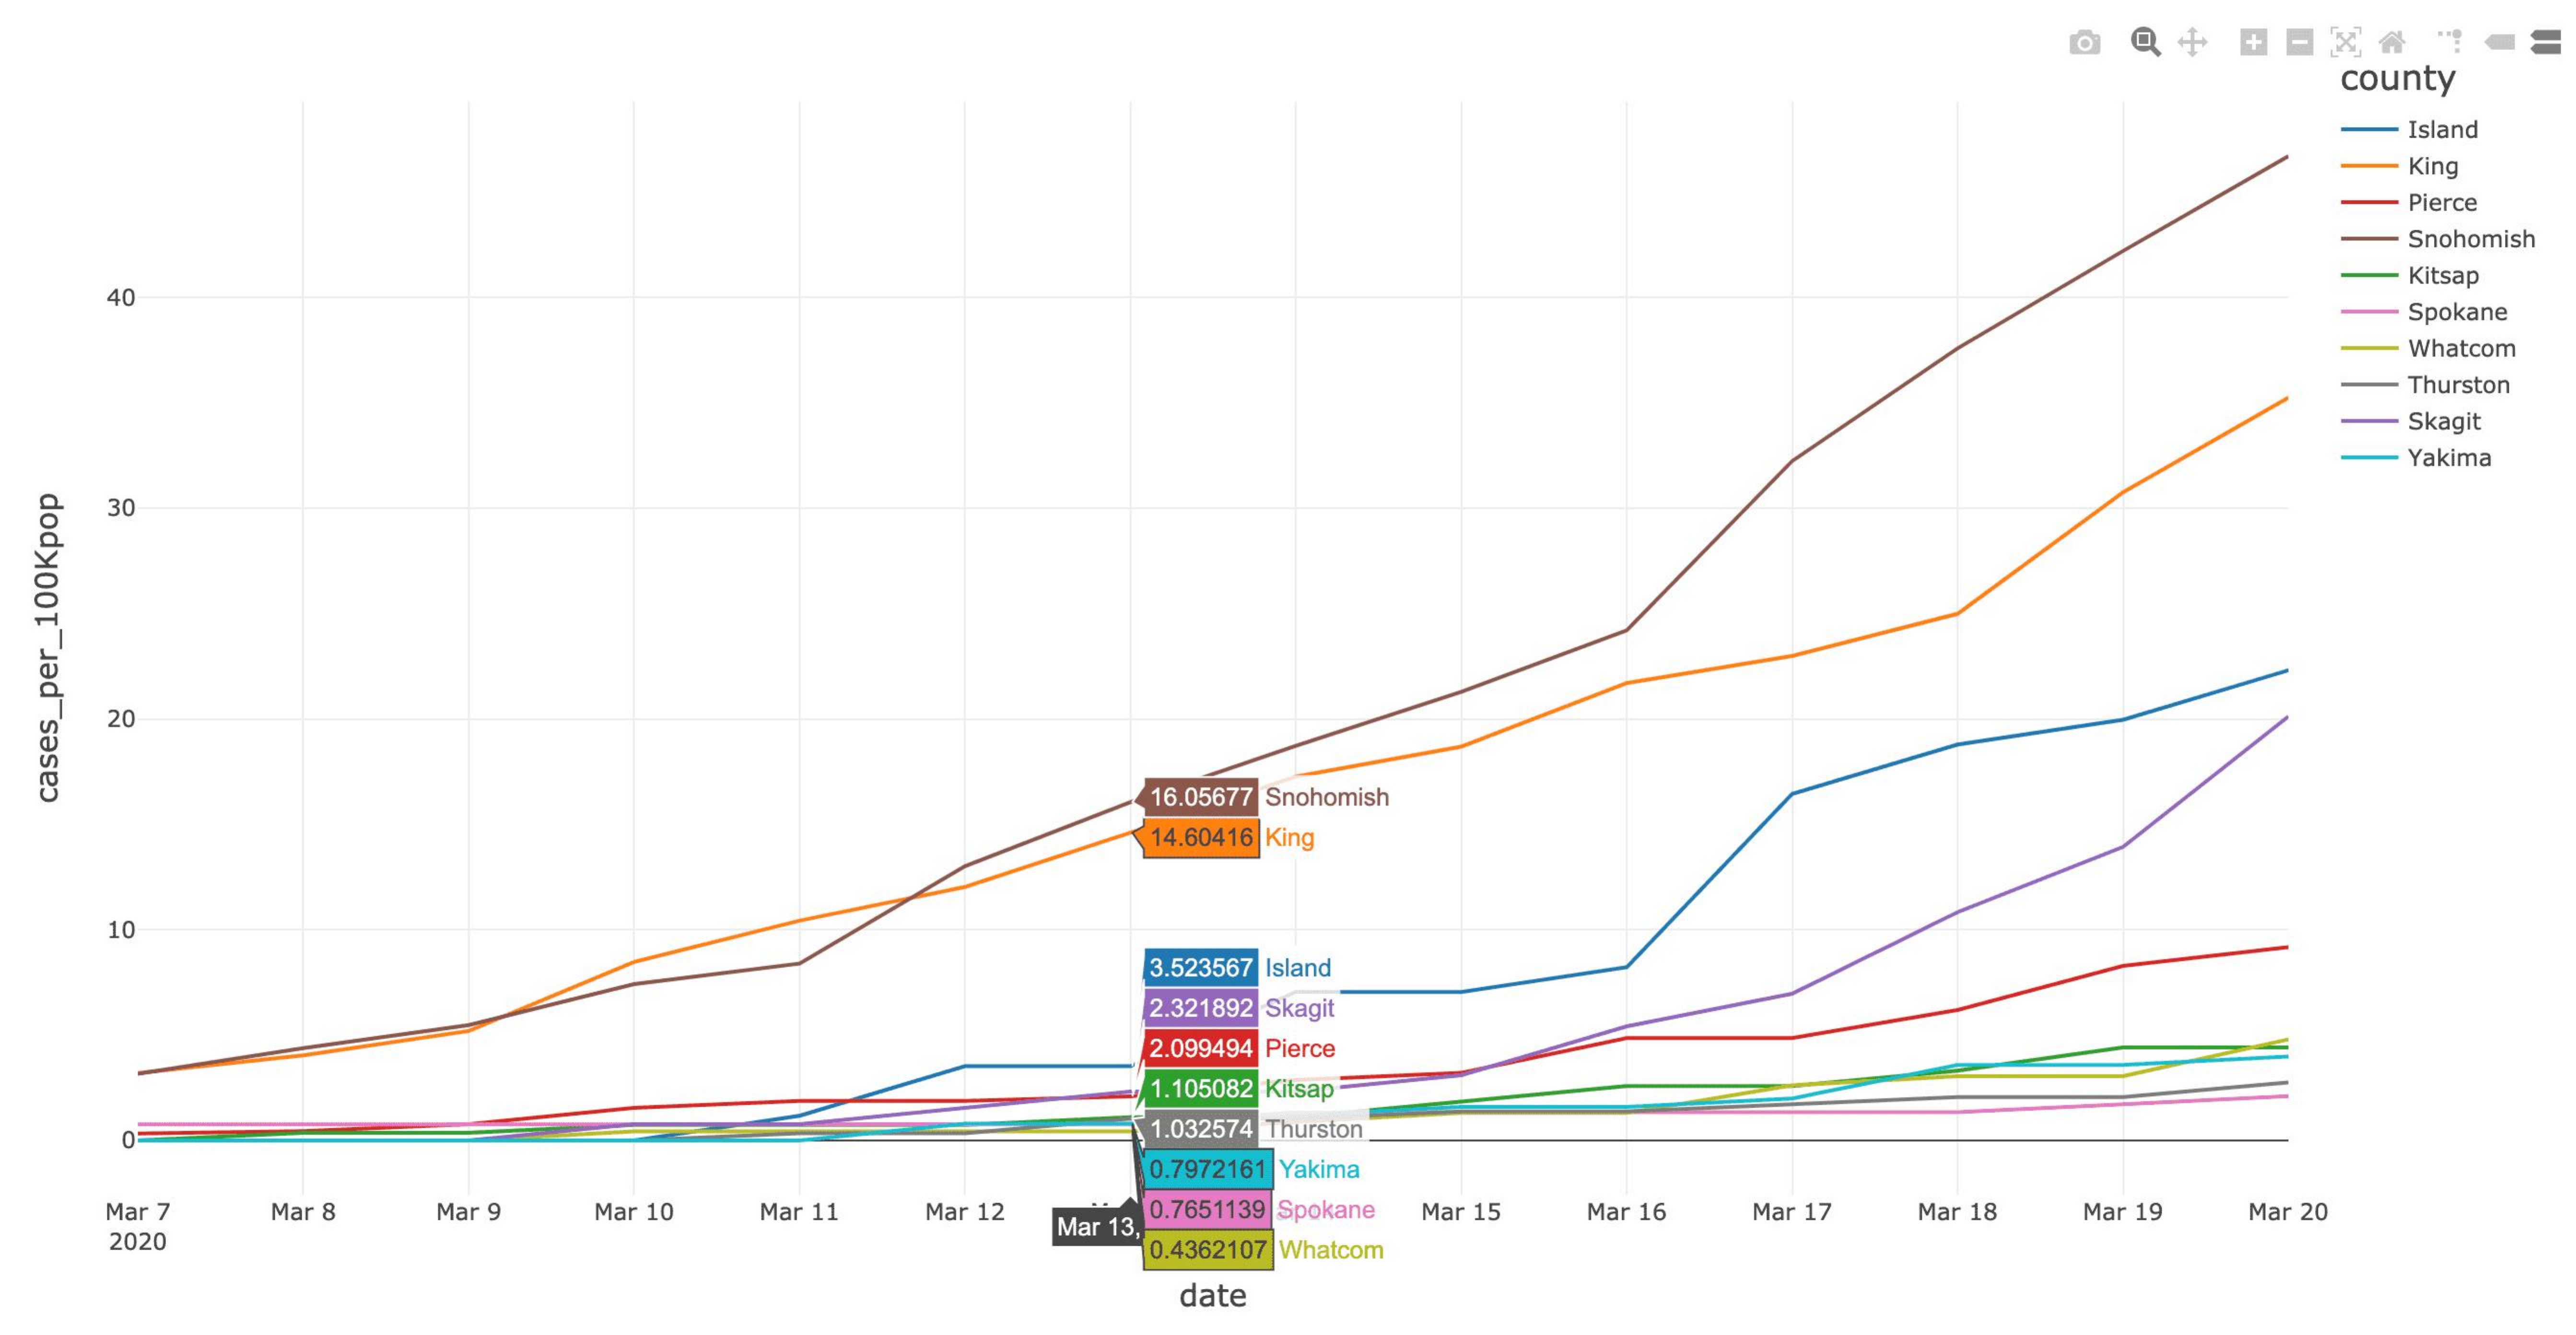
county
     Island
     King
     Pierce
     Snohomish
    40
     Kitsap
     Spokane
     Whatcom
     Thurston
     Skagit
     Yakima
    30
    20
     16.05677 Snohomish
  cases_per_100Kpop
     14.60416 King
    10
     3.523567 Island
     2.321892 Skagit
     2.099494 Pierce
     1.105082 Kitsap
     1.032574 Thurston
     0.7972161 Yakima
    Mar 7 Mar 8 Mar 9 Mar 10 Mar 11 Mar 12 0.7651139 Spokane Mar 15 Mar 16 Mar 17 Mar 18 Mar 19 Mar 20
    2020
     Mar 13,
     0.4362107 Whatcom
     date